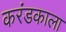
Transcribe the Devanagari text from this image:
करंडकाला